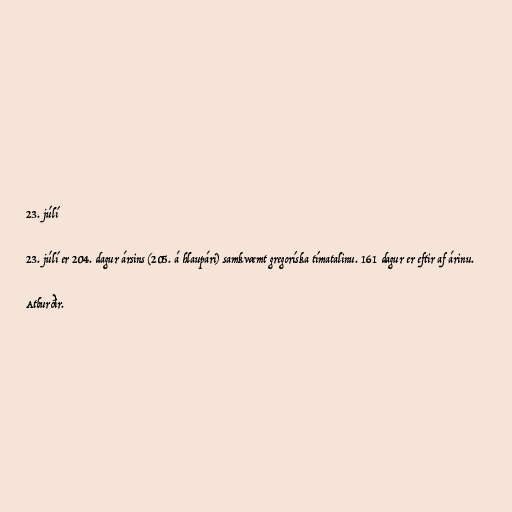
23. júlí

23. júlí er 204. dagur ársins (205. á hlaupári) samkvæmt gregoríska tímatalinu. 161 dagur er eftir af árinu.

Atburðir.